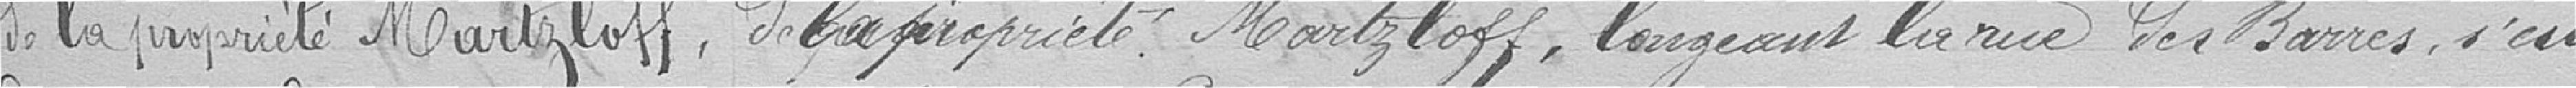
de la propriété Martzloff, longeant la rue des Barres, s'est